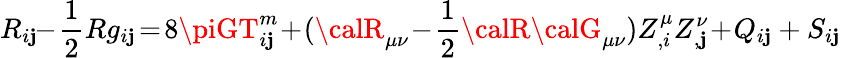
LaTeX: R_{i\mathbf{j}}\! \! -\! \frac{{1}}{{2}}Rg_{i\mathbf{j}}\! =\! 8\piGT_{i\mathbf{j}}^{m}\! +\! ({\calR}_{\mu\nu}\! -\! \frac{{1}}{{2}}{\calR}{\calG}_{\mu\nu})Z_{,i}^{\mu}Z_{,\mathbf{j}}^{\nu}\! +\! Q_{i\mathbf{j}}+S_{i\mathbf{j}}